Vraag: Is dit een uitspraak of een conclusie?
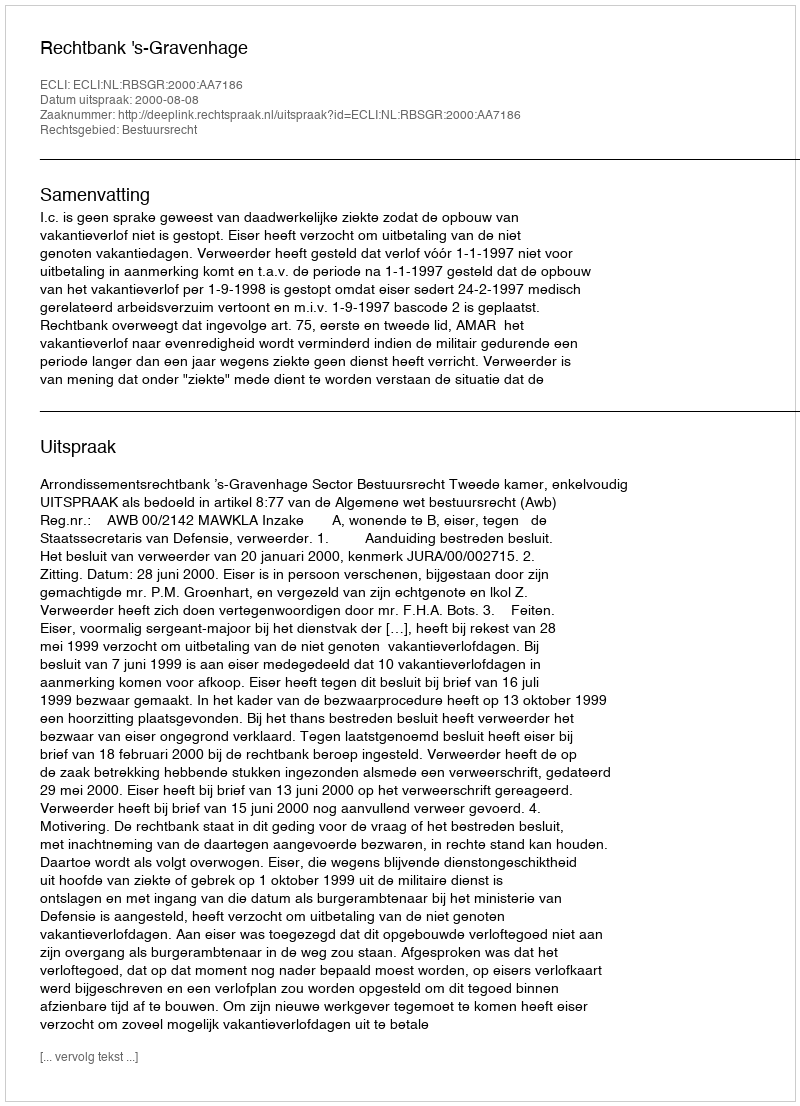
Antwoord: Uitspraak